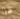
هنا